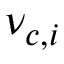
\nu _ { c , i }